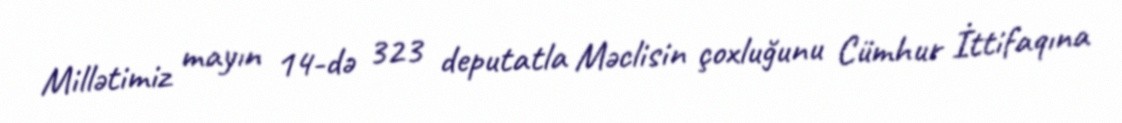
Millətimiz mayın 14-də 323 deputatla Məclisin çoxluğunu Cümhur İttifaqına